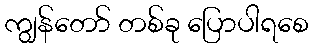
ကျွန်တော် တစ်ခု ပြောပါရစေ